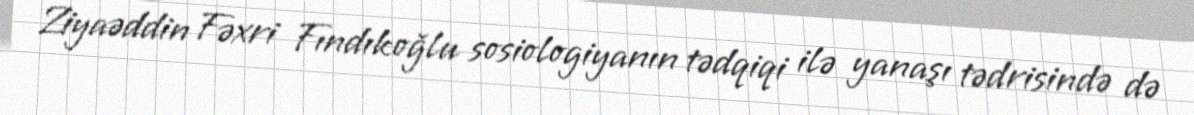
Ziyaəddin Fəxri Fındıkoğlu sosiologiyanın tədqiqi ilə yanaşı tədrisində də